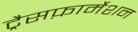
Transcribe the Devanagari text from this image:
ट्रैसफ़ार्मेशन